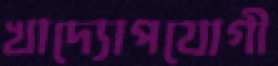
খাদ্যোপযোগী